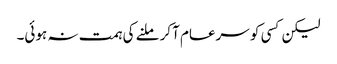
لیکن کسی کو سرعام آکر ملنے کی ہمت نہ ہوئی۔